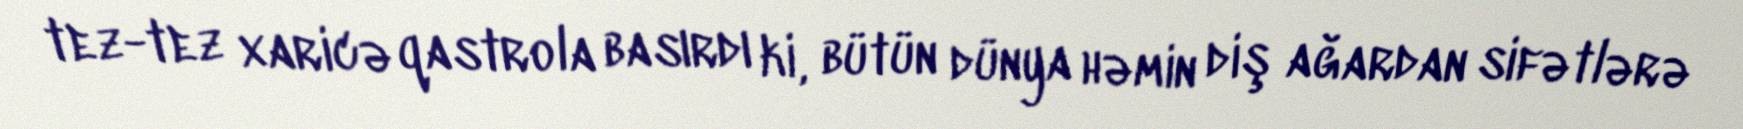
tez-tez xaricə qastrola basırdı ki, bütün dünya həmin diş ağardan sifətlərə